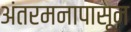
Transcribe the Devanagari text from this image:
अंतरमनापासून